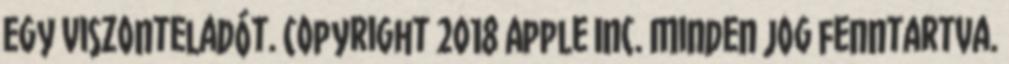
egy viszonteladót. Copyright 2018 Apple Inc. Minden jog fenntartva.